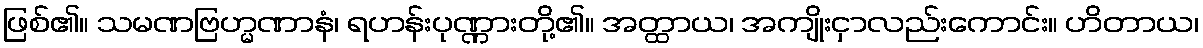
ဖြစ်၏။ သမဏဗြဟ္မဏာနံ၊ ရဟန်းပုဏ္ဏားတို့၏။ အတ္ထာယ၊ အကျိုးငှာလည်းကောင်း။ ဟိတာယ၊